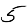
Digit: 5